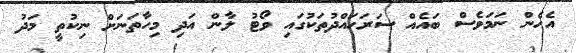
އެހެން ނަމަވެސް ބައެއް ސަރަހައްދުތަކުގައި ވޯޓު ލާން އަދި މިހާތަނަށް ނިކުތީ މަދު